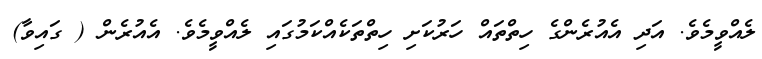
ލެއްވީމެވެ. އަދި އެއުރެންގެ ހިތްތައް ހަރުކަށި ހިތްތަކެއްކަމުގައި ލެއްވީމެވެ. އެއުރެން ( ގައިވާ)